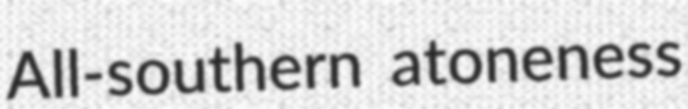
All-southern atoneness